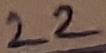
Text: 22